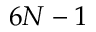
6 N - 1